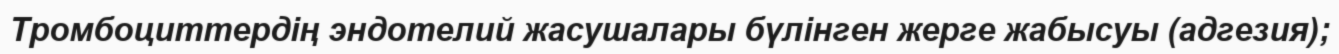
Тромбоциттердің эндотелий жасушалары бүлінген жерге жабысуы (адгезия);